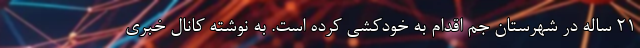
٢١ ساله در شهرستان جم اقدام به خودكشي كرده است. به نوشته کانال خبری